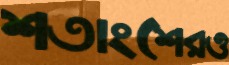
শতাংশেরও